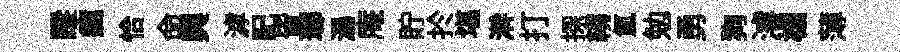
蹤癘恰命舆滹記皆瑯瀑庵貯扵堪澣打探縐氲勉勇狗濬榻薄